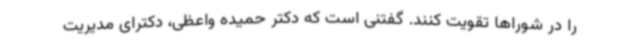
را در شوراها تقویت کنند. گفتنی است که دکتر حمیده واعظی، دکترای مدیریت